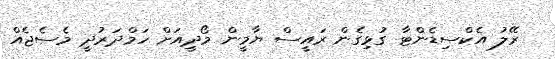
ރޭލު އެކްސިޑެންޓާ ގުޅިގެން ރައީސް ޔާމީން މޯދީއަށް ހަމްދަރުދީ މެސެޖެއް